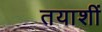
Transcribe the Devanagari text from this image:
तयाशीं